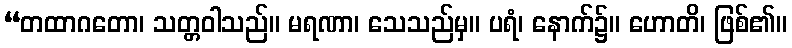
“တထာဂတော၊ သတ္တဝါသည်။ မရဏာ၊ သေသည်မှ။ ပရံ၊ နောက်၌။ ဟောတိ၊ ဖြစ်၏။